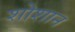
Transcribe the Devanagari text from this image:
शोशान